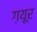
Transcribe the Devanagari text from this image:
ग़यूर